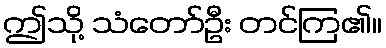
ဤသို့ သံတော်ဦး တင်ကြ၏။